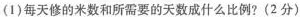
(1)每天修的米数和所需要的天数成什么比例?(2分)